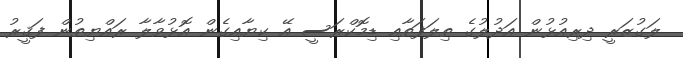
ލަގުޒަރީ ދިރިއުޅުން އަދުލުގެ ތިލަފަތާއި ޑިމޮކްރަސީ އޭ ކިޔާއިގެން އޮޅުވާލާ ރައްޔިތުން ފަޤީރު